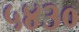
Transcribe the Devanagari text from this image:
५४३०